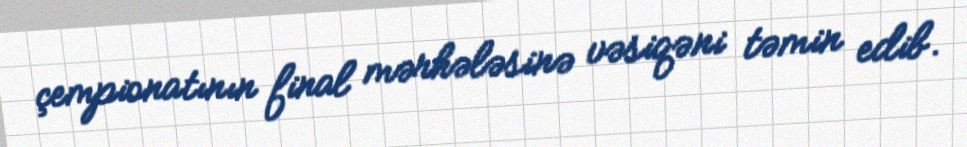
çempionatının final mərhələsinə vəsiqəni təmin edib.